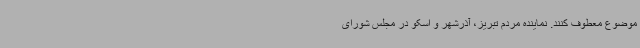
موضوع معطوف کنند. نماینده مردم تبریز، آذرشهر و اسکو در مجلس شورای